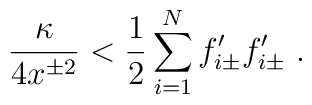
{\kappa\over 4x^{\pm 2}}< {1\over 2}\sum_{i=1}^Nf'_{i\pm}f'_{i\pm}\ .